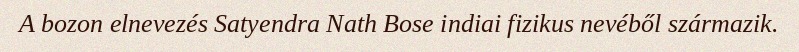
A bozon elnevezés Satyendra Nath Bose indiai fizikus nevéből származik.